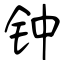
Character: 钟